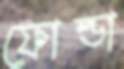
ফোল্ডা